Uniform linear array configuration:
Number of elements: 24
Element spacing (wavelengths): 1
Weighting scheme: blackman
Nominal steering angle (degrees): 15
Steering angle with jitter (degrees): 13.553
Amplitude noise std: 0.05
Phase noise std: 0.05

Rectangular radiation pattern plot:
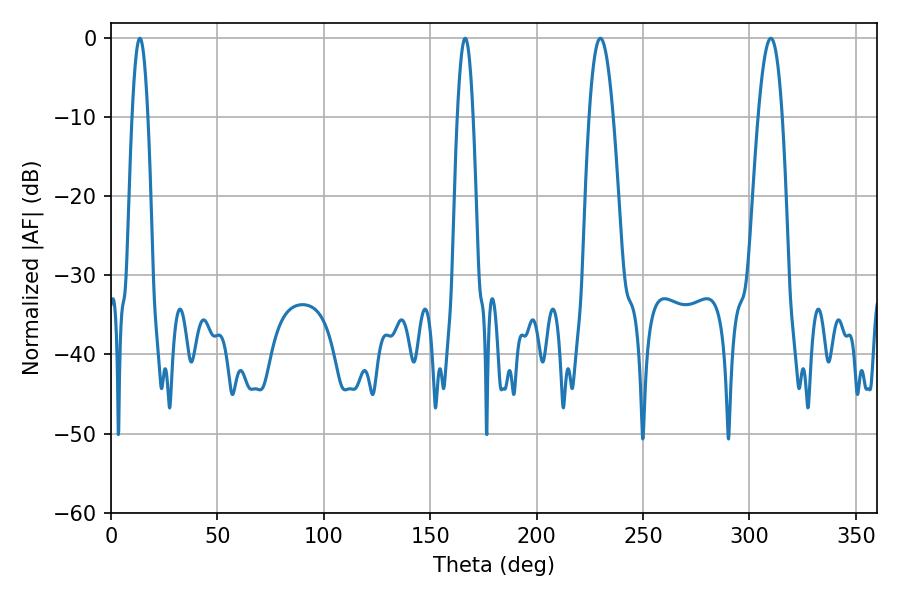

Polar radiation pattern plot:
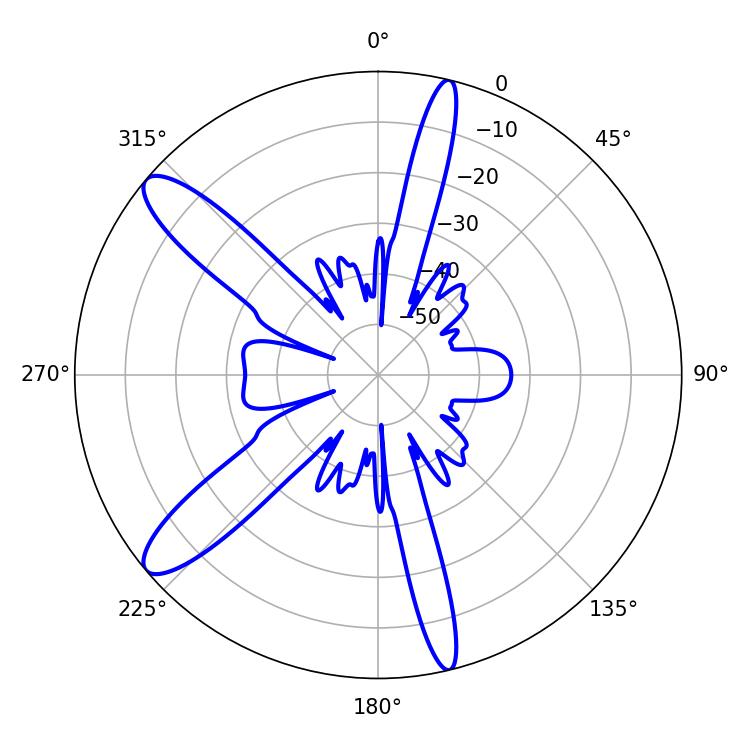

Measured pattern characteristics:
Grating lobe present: TRUE
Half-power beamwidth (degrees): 6.12
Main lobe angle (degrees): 310.14